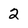
Character: 2